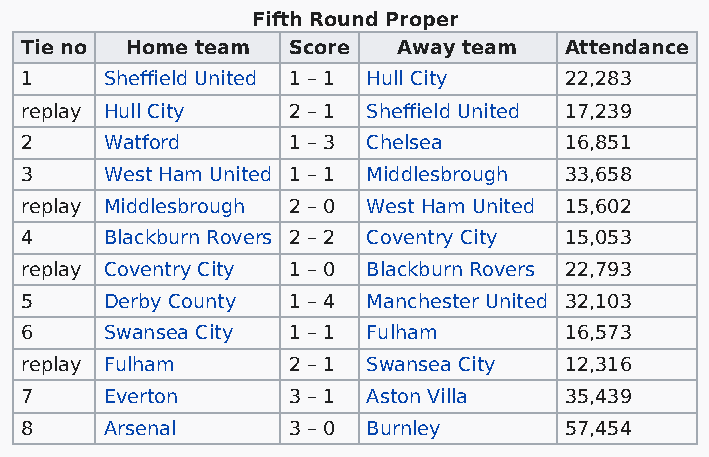
Fifth Round Proper
 Tie no Home team  Score  Away team  Attendance
 1     Sheffield United 1 – 1 Hull City 22,283
 replay Hull City  2 – 1 Sheffield United 17,239
 2     Watford     1 – 3 Chelsea     16,851
 3     West Ham United 1 – 1 Middlesbrough 33,658
 replay Middlesbrough 2 – 0 West Ham United 15,602
 4     Blackburn Rovers 2 – 2 Coventry City 15,053
 replay Coventry City 1 – 0 Blackburn Rovers 22,793
 5     Derby County 1 – 4 Manchester United 32,103
 6     Swansea City 1 – 1 Fulham     16,573
 replay Fulham     2 – 1 Swansea City 12,316
 7     Everton     3 – 1 Aston Villa 35,439
 8     Arsenal     3 – 0 Burnley     57,454